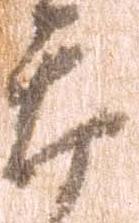
郎